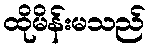
ထိုမိန်းမသည်